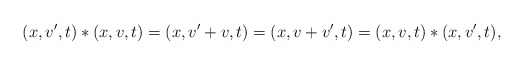
\begin{align*}(x,v',t) \ast (x,v,t) = (x,v' + v ,t) = (x,v+v',t) = (x,v,t) \ast (x,v',t) ,\end{align*}